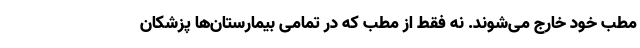
مطب خود خارج می‌شوند. نه فقط از مطب که در تمامی بیمارستان‌ها پزشکان